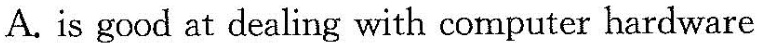
A.is good at dealing with computer hardware